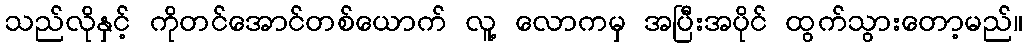
သည်လိုနှင့် ကိုတင်အောင်တစ်ယောက် လူ့ လောကမှ အပြီးအပိုင် ထွက်သွားတော့မည်။